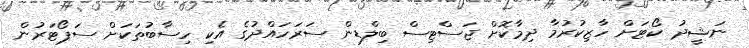
ނަޝީދު ކޯޓަށް ހާޒިކުރުމާ ދިމާކޮށް ޖަސްޓިސް ބިލްޑިން ސަރަހައްދުގެ އެކި ހިސާބުތަކަށް ސަޕޯޓަރުން